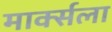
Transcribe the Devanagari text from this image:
मार्क्‍सला